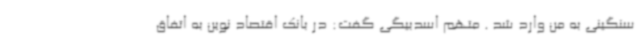
سنگینی به من وارد شد . متهم اسدبیگی گفت: در بانک اقتصاد نوین به اتفاق